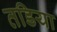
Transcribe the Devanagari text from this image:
तडिया